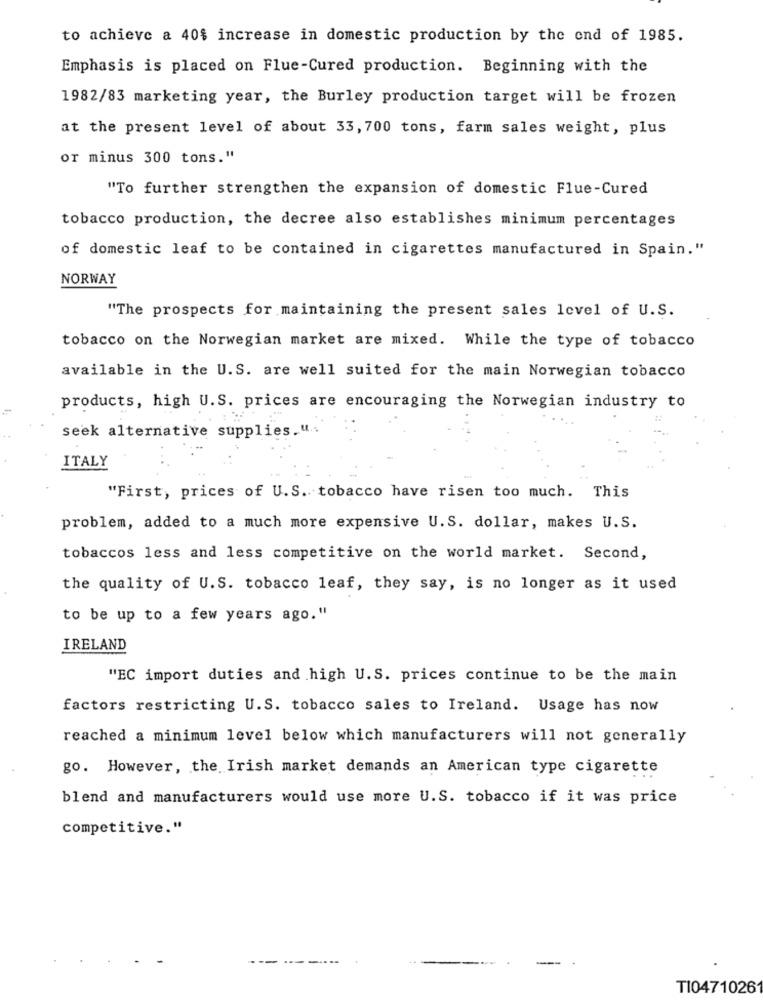
to achieve a 40% increase in domestic production by the end of 1985.
Emphasis is placed on Flue-Cured production. Beginning with the
1982/83 marketing year, the Burley production target will be frozen
at the present level of about 33, 700 tons, farm sales weight, plus
or minus 300 tons."
"To further strengthen the expansion of domestic Flue-Cured
tobacco production, the decree also establishes minimum percentages
of domestic leaf to be contained in cigarettes manufactured in Spain."
NORWAY
"The prospects for maintaining the present sales level of U.S.
tobacco on the Norwegian market are mixed. While the type of tobacco
available in the U.S. are well suited for the main Norwegian tobacco
products, high U.S. prices are encouraging the Norwegian industry to
seek alternative supplies." ..
ITALY
"First, prices of U.S. tobacco have risen too much. This
problem, added to a much more expensive U.S. dollar, makes U.S.
tobaccos less and less competitive on the world market. Second,
the quality of U.S. tobacco leaf, they say, is no longer as it used
to be up to a few years ago."
IRELAND
"EC import duties and high U.S. prices continue to be the main
factors restricting U.S. tobacco sales to Ireland. Usage has now
reached a minimum level below which manufacturers will not generally
go. However, the Irish market demands an American type cigarette
blend and manufacturers would use more U.S. tobacco if it was price
competitive."
T10471026